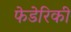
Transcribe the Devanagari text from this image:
फेडेरिकी